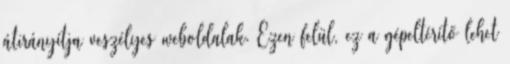
átirányítja veszélyes weboldalak. Ezen felül, ez a gépeltérítő lehet